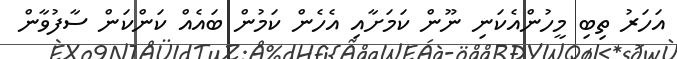
އަހަރު ތިބި މީހުންއެކަަނި ނޫން ކަމަށާއި އެހެން ކަމުން ބައެއް ކަންކަން ސާފުވާން